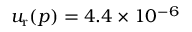
u _ { \mathrm { r } } ( p ) = 4 . 4 \times 1 0 ^ { - 6 }